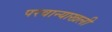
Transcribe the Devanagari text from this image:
परवान्याखली